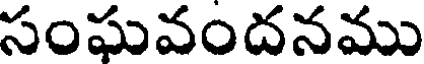
సంఘవందనము